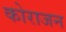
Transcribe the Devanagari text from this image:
कोराजन